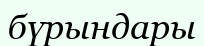
бүрындары